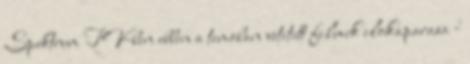
Spektrum TV-ben ebben a temaban vetitett filmek elokaparasa -